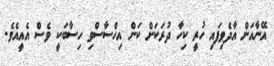
އޭނާއަށް އާދެވިފައި ހުރީ ކިހާ ދުރަކަށް ކަން އިހްސާސްވި ހިސާބަކީ ވެސް އެއީއެވެ.